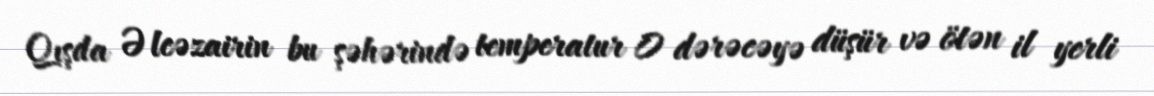
Qışda Əlcəzairin bu şəhərində temperatur 0 dərəcəyə düşür və ötən il yerli